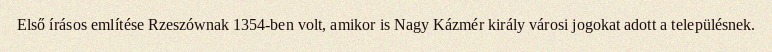
Első írásos említése Rzeszównak 1354-ben volt, amikor is Nagy Kázmér király városi jogokat adott a településnek.